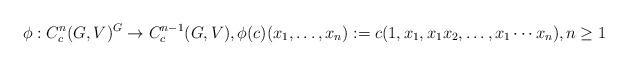
LaTeX: \begin{align*}\phi:C^n_c(G,V)^G\to C^{n-1}_c(G,V), \phi(c)(x_1,\ldots,x_n) := c(1,x_1,x_1x_2,\ldots,x_1\cdots x_n), n\geq 1\end{align*}